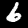
Digit: 6